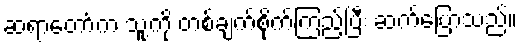
ဆရာတော်က သူ့ကို တစ်ချက်စိုက်ကြည့်ပြီး ဆက်ပြောသည်။